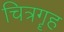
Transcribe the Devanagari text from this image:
चित्रगॄह